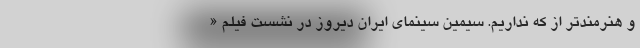
و هنرمند‌تر از که نداریم. سیمین سینمای ایران دیروز در نشست فیلم «